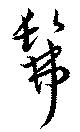
髴